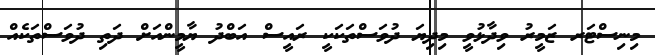
މިނިސްޓަރ ޒަމީރު ވިދާޅުވީ މިދިޔަ ދުވަސްތަކަކީ ރައީސް އަބްދު ޔާމީންއަށް ދަތި ދުވަސްތަކެއް